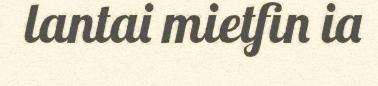
lantai mietfin ia